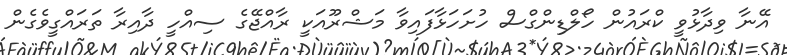
އޭނާ ވިދާޅުވީ ކްރައުން ހޯލްޑިންގްސް ހުށަހަޅާފައިވާ މަޝްރޫއަކީ ރާއްޖޭގެ ސިއްހީ ދާއިރާ ތަރައްގީވެގެން